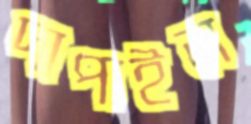
দাপাইল